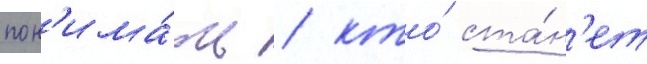
пон'има́ть / кто́ ста́н'ет